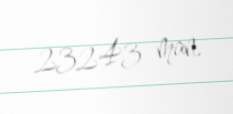
23243 man.